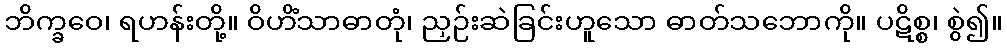
ဘိက္ခဝေ၊ ရဟန်းတို့။ ဝိဟိံသာဓာတုံ၊ ညှဉ်းဆဲခြင်းဟူသော ဓာတ်သဘောကို။ ပဋိစ္စ၊ စွဲ၍။